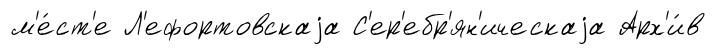
м'е́ст'е Л'ефортовскаjа С'ер'ебр'ян'ическаjа Арх'и́в